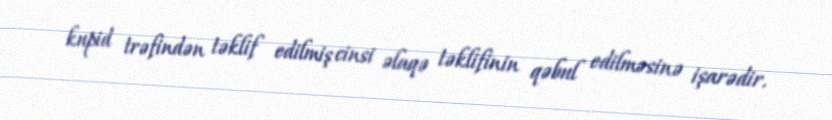
kupid trəfindən təklif edilmiş cinsi əlaqə təklifinin qəbul edilməsinə işarədir.